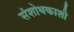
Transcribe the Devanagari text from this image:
संशोधकाशी